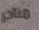
متاخر